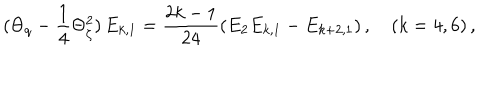
( \Theta _ { q } - \frac { 1 } { 4 } \Theta _ { \zeta } ^ { 2 } ) \, E _ { k , 1 } = \frac { 2 k - 1 } { 2 4 } ( E _ { 2 } E _ { k , 1 } - E _ { k + 2 , 1 } ) \, , \quad ( k = 4 , 6 ) \, ,